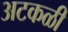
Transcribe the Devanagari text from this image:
अटकळी